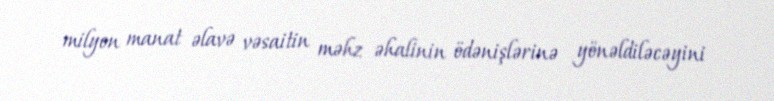
milyon manat əlavə vəsaitin məhz əhalinin ödənişlərinə yönəldiləcəyini